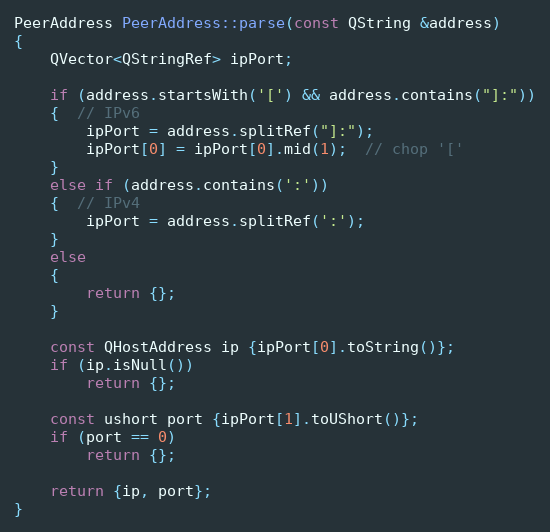
Language: C++
PeerAddress PeerAddress::parse(const QString &address)
{
    QVector<QStringRef> ipPort;

    if (address.startsWith('[') && address.contains("]:"))
    {  // IPv6
        ipPort = address.splitRef("]:");
        ipPort[0] = ipPort[0].mid(1);  // chop '['
    }
    else if (address.contains(':'))
    {  // IPv4
        ipPort = address.splitRef(':');
    }
    else
    {
        return {};
    }

    const QHostAddress ip {ipPort[0].toString()};
    if (ip.isNull())
        return {};

    const ushort port {ipPort[1].toUShort()};
    if (port == 0)
        return {};

    return {ip, port};
}